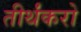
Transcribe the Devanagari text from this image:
तीर्थंकरो